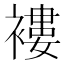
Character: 褸